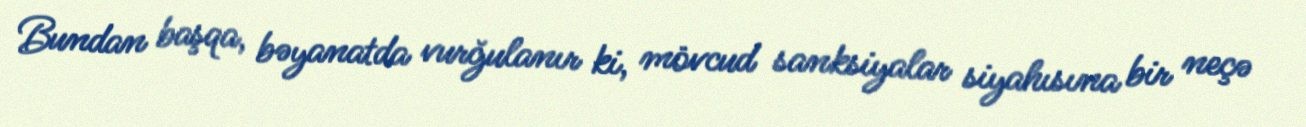
Bundan başqa, bəyanatda vurğulanır ki, mövcud sanksiyalar siyahısına bir neçə